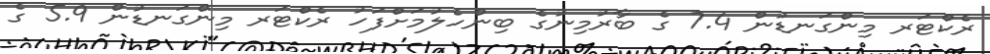
ރެކްޓަރ މިންގަނޑުން 7.4 ގެ ބާރުމިނުގެ ބިންހެލުމަށްފަހު ރެކްޓަރ މިންގަނޑުން 5.9 ގެ